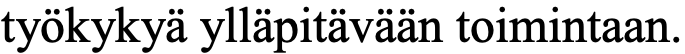
työkykyä ylläpitävään toimintaan.